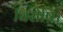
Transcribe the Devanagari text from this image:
बिसेषि।